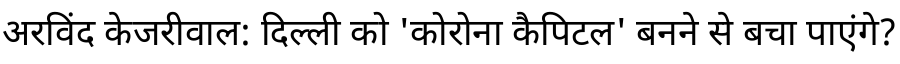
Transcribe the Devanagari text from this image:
अरविंद केजरीवाल: दिल्ली को 'कोरोना कैपिटल' बनने से बचा पाएंगे?